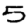
Digit: 5